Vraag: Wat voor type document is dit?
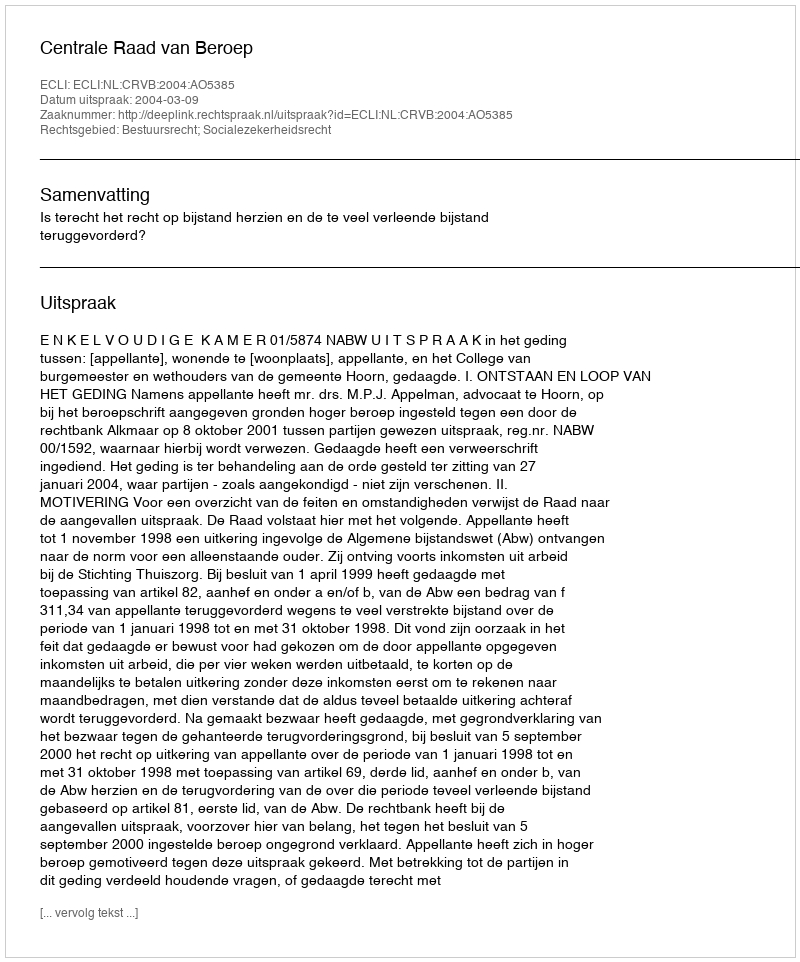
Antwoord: Uitspraak